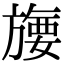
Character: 㫏